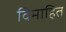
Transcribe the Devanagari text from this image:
विमाहित